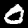
Digit: 0